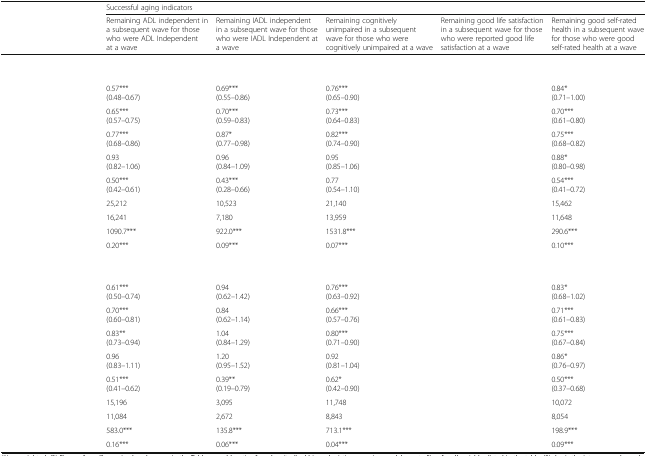
<table><thead><tr><td>[EMPTY_CELL]</td><td colspan="5"><b>Successful aging indicators</b></td></tr><tr><td>[EMPTY_CELL]</td><td><b>Remaining ADL independent in a subsequent wave for those who were ADL Independent at a wave</b></td><td><b>Remaining IADL independent in a subsequent wave for those who were IADL Independent at a wave</b></td><td><b>Remaining cognitively unimpaired in a subsequent wave for those who were cognitively unimpaired at a wave</b></td><td><b>Remaining good life satisfaction in a subsequent wave for those who were reported good life satisfaction at a wave</b></td><td><b>Remaining good self-rated health in a subsequent wave for those who were good self-rated health at a wave</b></td></tr></thead><tbody><tr><td colspan="6">[EMPTY_CELL]</td></tr><tr><td colspan="6">[EMPTY_CELL]</td></tr><tr><td>[EMPTY_CELL]</td><td>0.57***(0.48–0.67)</td><td>0.69***(0.55–0.86)</td><td>0.76***(0.65–0.90)</td><td>[EMPTY_CELL]</td><td>0.84*(0.71–1.00)</td></tr><tr><td>[EMPTY_CELL]</td><td>0.65***(0.57–0.75)</td><td>0.70***(0.59–0.83)</td><td>0.73***(0.64–0.83)</td><td>[EMPTY_CELL]</td><td>0.70***(0.61–0.80)</td></tr><tr><td>[EMPTY_CELL]</td><td>0.77***(0.68–0.86)</td><td>0.87*(0.77–0.98)</td><td>0.82***(0.74–0.90)</td><td>[EMPTY_CELL]</td><td>0.75***(0.68–0.82)</td></tr><tr><td>[EMPTY_CELL]</td><td>0.93(0.82–1.06)</td><td>0.96(0.84–1.09)</td><td>0.95(0.85–1.06)</td><td>[EMPTY_CELL]</td><td>0.88*(0.80–0.98)</td></tr><tr><td>[EMPTY_CELL]</td><td>0.50***(0.42–0.61)</td><td>0.43***(0.28–0.66)</td><td>0.77(0.54–1.10)</td><td>[EMPTY_CELL]</td><td>0.54***(0.41–0.72)</td></tr><tr><td>[EMPTY_CELL]</td><td>25,212</td><td>10,523</td><td>21,140</td><td>[EMPTY_CELL]</td><td>15,462</td></tr><tr><td>[EMPTY_CELL]</td><td>16,241</td><td>7,180</td><td>13,959</td><td>[EMPTY_CELL]</td><td>11,648</td></tr><tr><td>[EMPTY_CELL]</td><td>1090.7***</td><td>922.0***</td><td>1531.8***</td><td>[EMPTY_CELL]</td><td>290.6***</td></tr><tr><td>[EMPTY_CELL]</td><td>0.20***</td><td>0.09***</td><td>0.07***</td><td>[EMPTY_CELL]</td><td>0.10***</td></tr><tr><td colspan="6">[EMPTY_CELL]</td></tr><tr><td colspan="6">[EMPTY_CELL]</td></tr><tr><td>[EMPTY_CELL]</td><td>0.61***(0.50–0.74)</td><td>0.94(0.62–1.42)</td><td>0.76***(0.63–0.92)</td><td>[EMPTY_CELL]</td><td>0.83*(0.68–1.02)</td></tr><tr><td>[EMPTY_CELL]</td><td>0.70***(0.60–0.81)</td><td>0.84(0.62–1.14)</td><td>0.66***(0.57–0.76)</td><td>[EMPTY_CELL]</td><td>0.71***(0.61–0.83)</td></tr><tr><td>[EMPTY_CELL]</td><td>0.83**(0.73–0.94)</td><td>1.04(0.84–1.29)</td><td>0.80***(0.71–0.90)</td><td>[EMPTY_CELL]</td><td>0.75***(0.67–0.84)</td></tr><tr><td>[EMPTY_CELL]</td><td>0.96(0.83–1.11)</td><td>1.20(0.95–1.52)</td><td>0.92(0.81–1.04)</td><td>[EMPTY_CELL]</td><td>0.86*(0.76–0.97)</td></tr><tr><td>[EMPTY_CELL]</td><td>0.51***(0.41–0.62)</td><td>0.39**(0.19–0.79)</td><td>0.62*(0.42–0.90)</td><td>[EMPTY_CELL]</td><td>0.50***(0.37–0.68)</td></tr><tr><td>[EMPTY_CELL]</td><td>15,196</td><td>3,095</td><td>11,748</td><td>[EMPTY_CELL]</td><td>10,072</td></tr><tr><td>[EMPTY_CELL]</td><td>11,084</td><td>2,672</td><td>8,843</td><td>[EMPTY_CELL]</td><td>8,054</td></tr><tr><td>[EMPTY_CELL]</td><td>583.0***</td><td>135.8***</td><td>713.1***</td><td>[EMPTY_CELL]</td><td>198.9***</td></tr><tr><td>[EMPTY_CELL]</td><td>0.16***</td><td>0.06***</td><td>0.04***</td><td>[EMPTY_CELL]</td><td>0.09***</td></tr></tbody></table>